画像に写った文字を読んでください
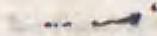
「一」と書いてあります